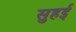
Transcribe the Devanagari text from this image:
सुहई